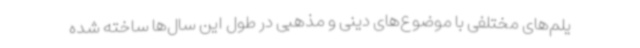
یلم‌های مختلفی با موضوع‌های دینی و مذهبی در طول این سال‌ها ساخته شده